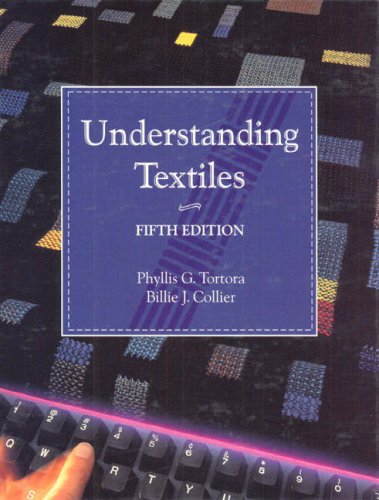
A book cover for Understanding Textiles; Phyllis G. Tortora; Crafts, Hobbies & Home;